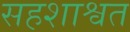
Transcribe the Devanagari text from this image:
सहशाश्वत